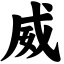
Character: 威